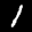
Label: 1